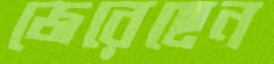
জেরেছেন